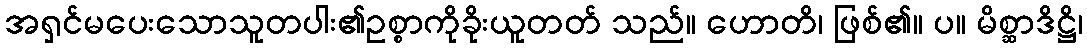
အရှင်မပေးသောသူတပါး၏ဥစ္စာကိုခိုးယူတတ် သည်။ ဟောတိ၊ ဖြစ်၏။ ပ။ မိစ္ဆာဒိဋ္ဌိ၊